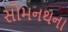
સોમનથના